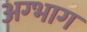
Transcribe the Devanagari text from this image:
अग्भाग